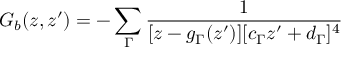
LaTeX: G _ { b } ( z , z ^ { \prime } ) = - \sum _ { \Gamma } \frac { 1 } { [ z - g _ { \Gamma } ( z ^ { \prime } ) ] [ c _ { \Gamma } z ^ { \prime } + d _ { \Gamma } ] ^ { 4 } }